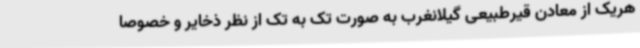
هریک از معادن قیرطبیعی گیلانغرب به صورت تک به تک از نظر ذخایر و خصوصا